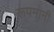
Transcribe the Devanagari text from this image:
रूपमानी